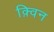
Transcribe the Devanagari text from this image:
क़्विन